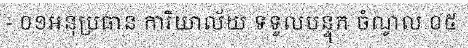
- ០១អនុប្រធាន ការិយាល័យ ទទួលបន្ទុក ចំណូល ០៥